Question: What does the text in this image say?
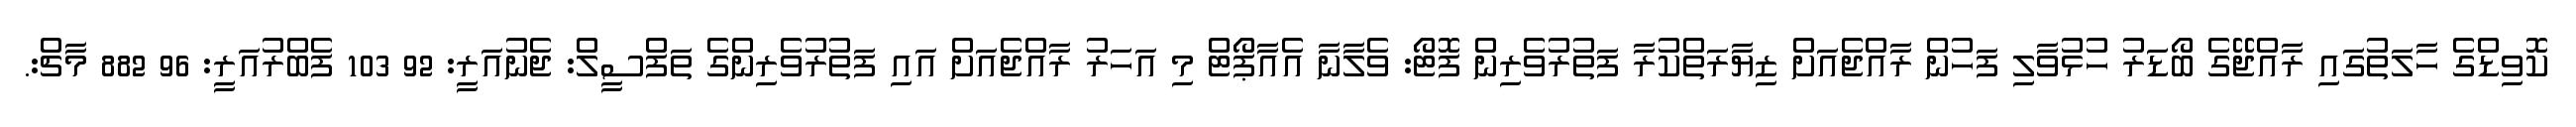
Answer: ކޮވިޑްގެ ހާލަތުގައި ރާއްޖޭގެ ބޯޑަރު ހުޅުވާލި ފަހުން ރާއްޖެއަށް ޒިޔާރަތްކުރާ ފަތުރުވެރިން ފޮޓޯ: ވެލާނާ އެއާޕޯޓް މި އަހަރު ރާއްޖެއަށް އައި ފަތުރުވެރިންގެ ތަފްސީލް: ޖެނުއަރީ: 92 103 ފެބްރުއަރީ: 96 882 މާޗް:.